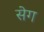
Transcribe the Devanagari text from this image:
सेग